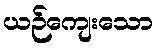
ယဉ်ကျေးသော